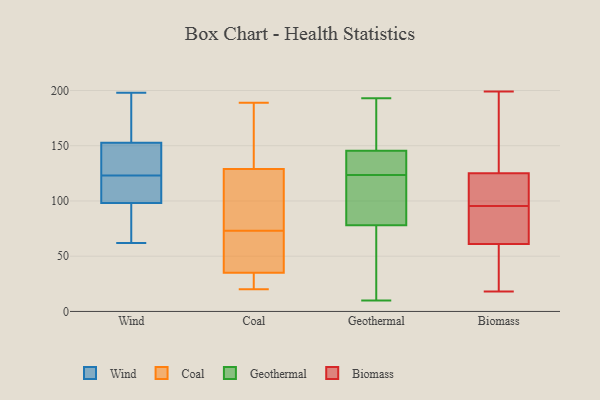
{"axis": {"x": "Demand Index", "y": "Value"}, "legend": ["Biomass", "Coal", "Geothermal", "Wind"], "data": [{"x": "", "y": 96, "type": "Wind"}, {"x": "", "y": 189, "type": "Wind"}, {"x": "", "y": 68, "type": "Wind"}, {"x": "", "y": 62, "type": "Wind"}, {"x": "", "y": 123, "type": "Wind"}, {"x": "", "y": 113, "type": "Wind"}, {"x": "", "y": 130, "type": "Wind"}, {"x": "", "y": 198, "type": "Wind"}, {"x": "", "y": 117, "type": "Wind"}, {"x": "", "y": 143, "type": "Wind"}, {"x": "", "y": 182, "type": "Wind"}, {"x": "", "y": 99, "type": "Wind"}, {"x": "", "y": 126, "type": "Wind"}, {"x": "", "y": 20, "type": "Coal"}, {"x": "", "y": 61, "type": "Coal"}, {"x": "", "y": 180, "type": "Coal"}, {"x": "", "y": 129, "type": "Coal"}, {"x": "", "y": 189, "type": "Coal"}, {"x": "", "y": 68, "type": "Coal"}, {"x": "", "y": 78, "type": "Coal"}, {"x": "", "y": 35, "type": "Coal"}, {"x": "", "y": 83, "type": "Coal"}, {"x": "", "y": 25, "type": "Coal"}, {"x": "", "y": 139, "type": "Geothermal"}, {"x": "", "y": 150, "type": "Geothermal"}, {"x": "", "y": 168, "type": "Geothermal"}, {"x": "", "y": 149, "type": "Geothermal"}, {"x": "", "y": 81, "type": "Geothermal"}, {"x": "", "y": 102, "type": "Geothermal"}, {"x": "", "y": 60, "type": "Geothermal"}, {"x": "", "y": 10, "type": "Geothermal"}, {"x": "", "y": 119, "type": "Geothermal"}, {"x": "", "y": 171, "type": "Geothermal"}, {"x": "", "y": 193, "type": "Geothermal"}, {"x": "", "y": 15, "type": "Geothermal"}, {"x": "", "y": 128, "type": "Geothermal"}, {"x": "", "y": 54, "type": "Geothermal"}, {"x": "", "y": 111, "type": "Geothermal"}, {"x": "", "y": 142, "type": "Geothermal"}, {"x": "", "y": 132, "type": "Geothermal"}, {"x": "", "y": 75, "type": "Geothermal"}, {"x": "", "y": 117, "type": "Geothermal"}, {"x": "", "y": 142, "type": "Geothermal"}, {"x": "", "y": 24, "type": "Biomass"}, {"x": "", "y": 199, "type": "Biomass"}, {"x": "", "y": 195, "type": "Biomass"}, {"x": "", "y": 80, "type": "Biomass"}, {"x": "", "y": 125, "type": "Biomass"}, {"x": "", "y": 18, "type": "Biomass"}, {"x": "", "y": 89, "type": "Biomass"}, {"x": "", "y": 97, "type": "Biomass"}, {"x": "", "y": 94, "type": "Biomass"}, {"x": "", "y": 192, "type": "Biomass"}, {"x": "", "y": 97, "type": "Biomass"}, {"x": "", "y": 120, "type": "Biomass"}, {"x": "", "y": 172, "type": "Biomass"}, {"x": "", "y": 36, "type": "Biomass"}, {"x": "", "y": 108, "type": "Biomass"}, {"x": "", "y": 26, "type": "Biomass"}, {"x": "", "y": 73, "type": "Biomass"}, {"x": "", "y": 61, "type": "Biomass"}]}